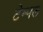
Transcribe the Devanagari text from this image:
टेम्‍पल